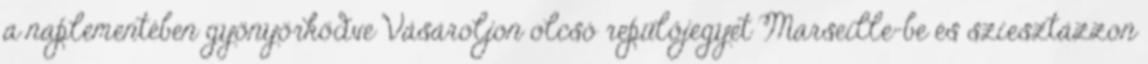
a naplementében gyönyörködve Vásároljon olcsó repülőjegyet Marseille-be és sziesztázzon